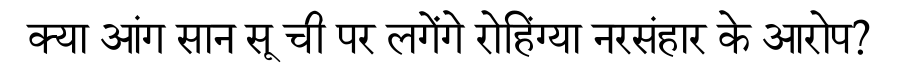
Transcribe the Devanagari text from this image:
क्या आंग सान सू ची पर लगेंगे रोहिंग्या नरसंहार के आरोप?